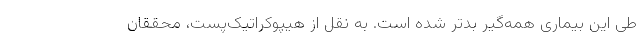
طی این بیماری همه‌گیر بدتر شده است. به نقل از هیپوکراتیک‌پست، محققان